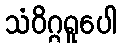
သံဝိဂ္ဂရူပေါ